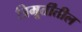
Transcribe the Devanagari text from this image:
त्रिमूर्तींतील